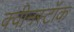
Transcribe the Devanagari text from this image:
क्वीनस्टॉक